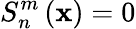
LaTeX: S_{n}^{m}\left(\mathbf{x}\right)=0